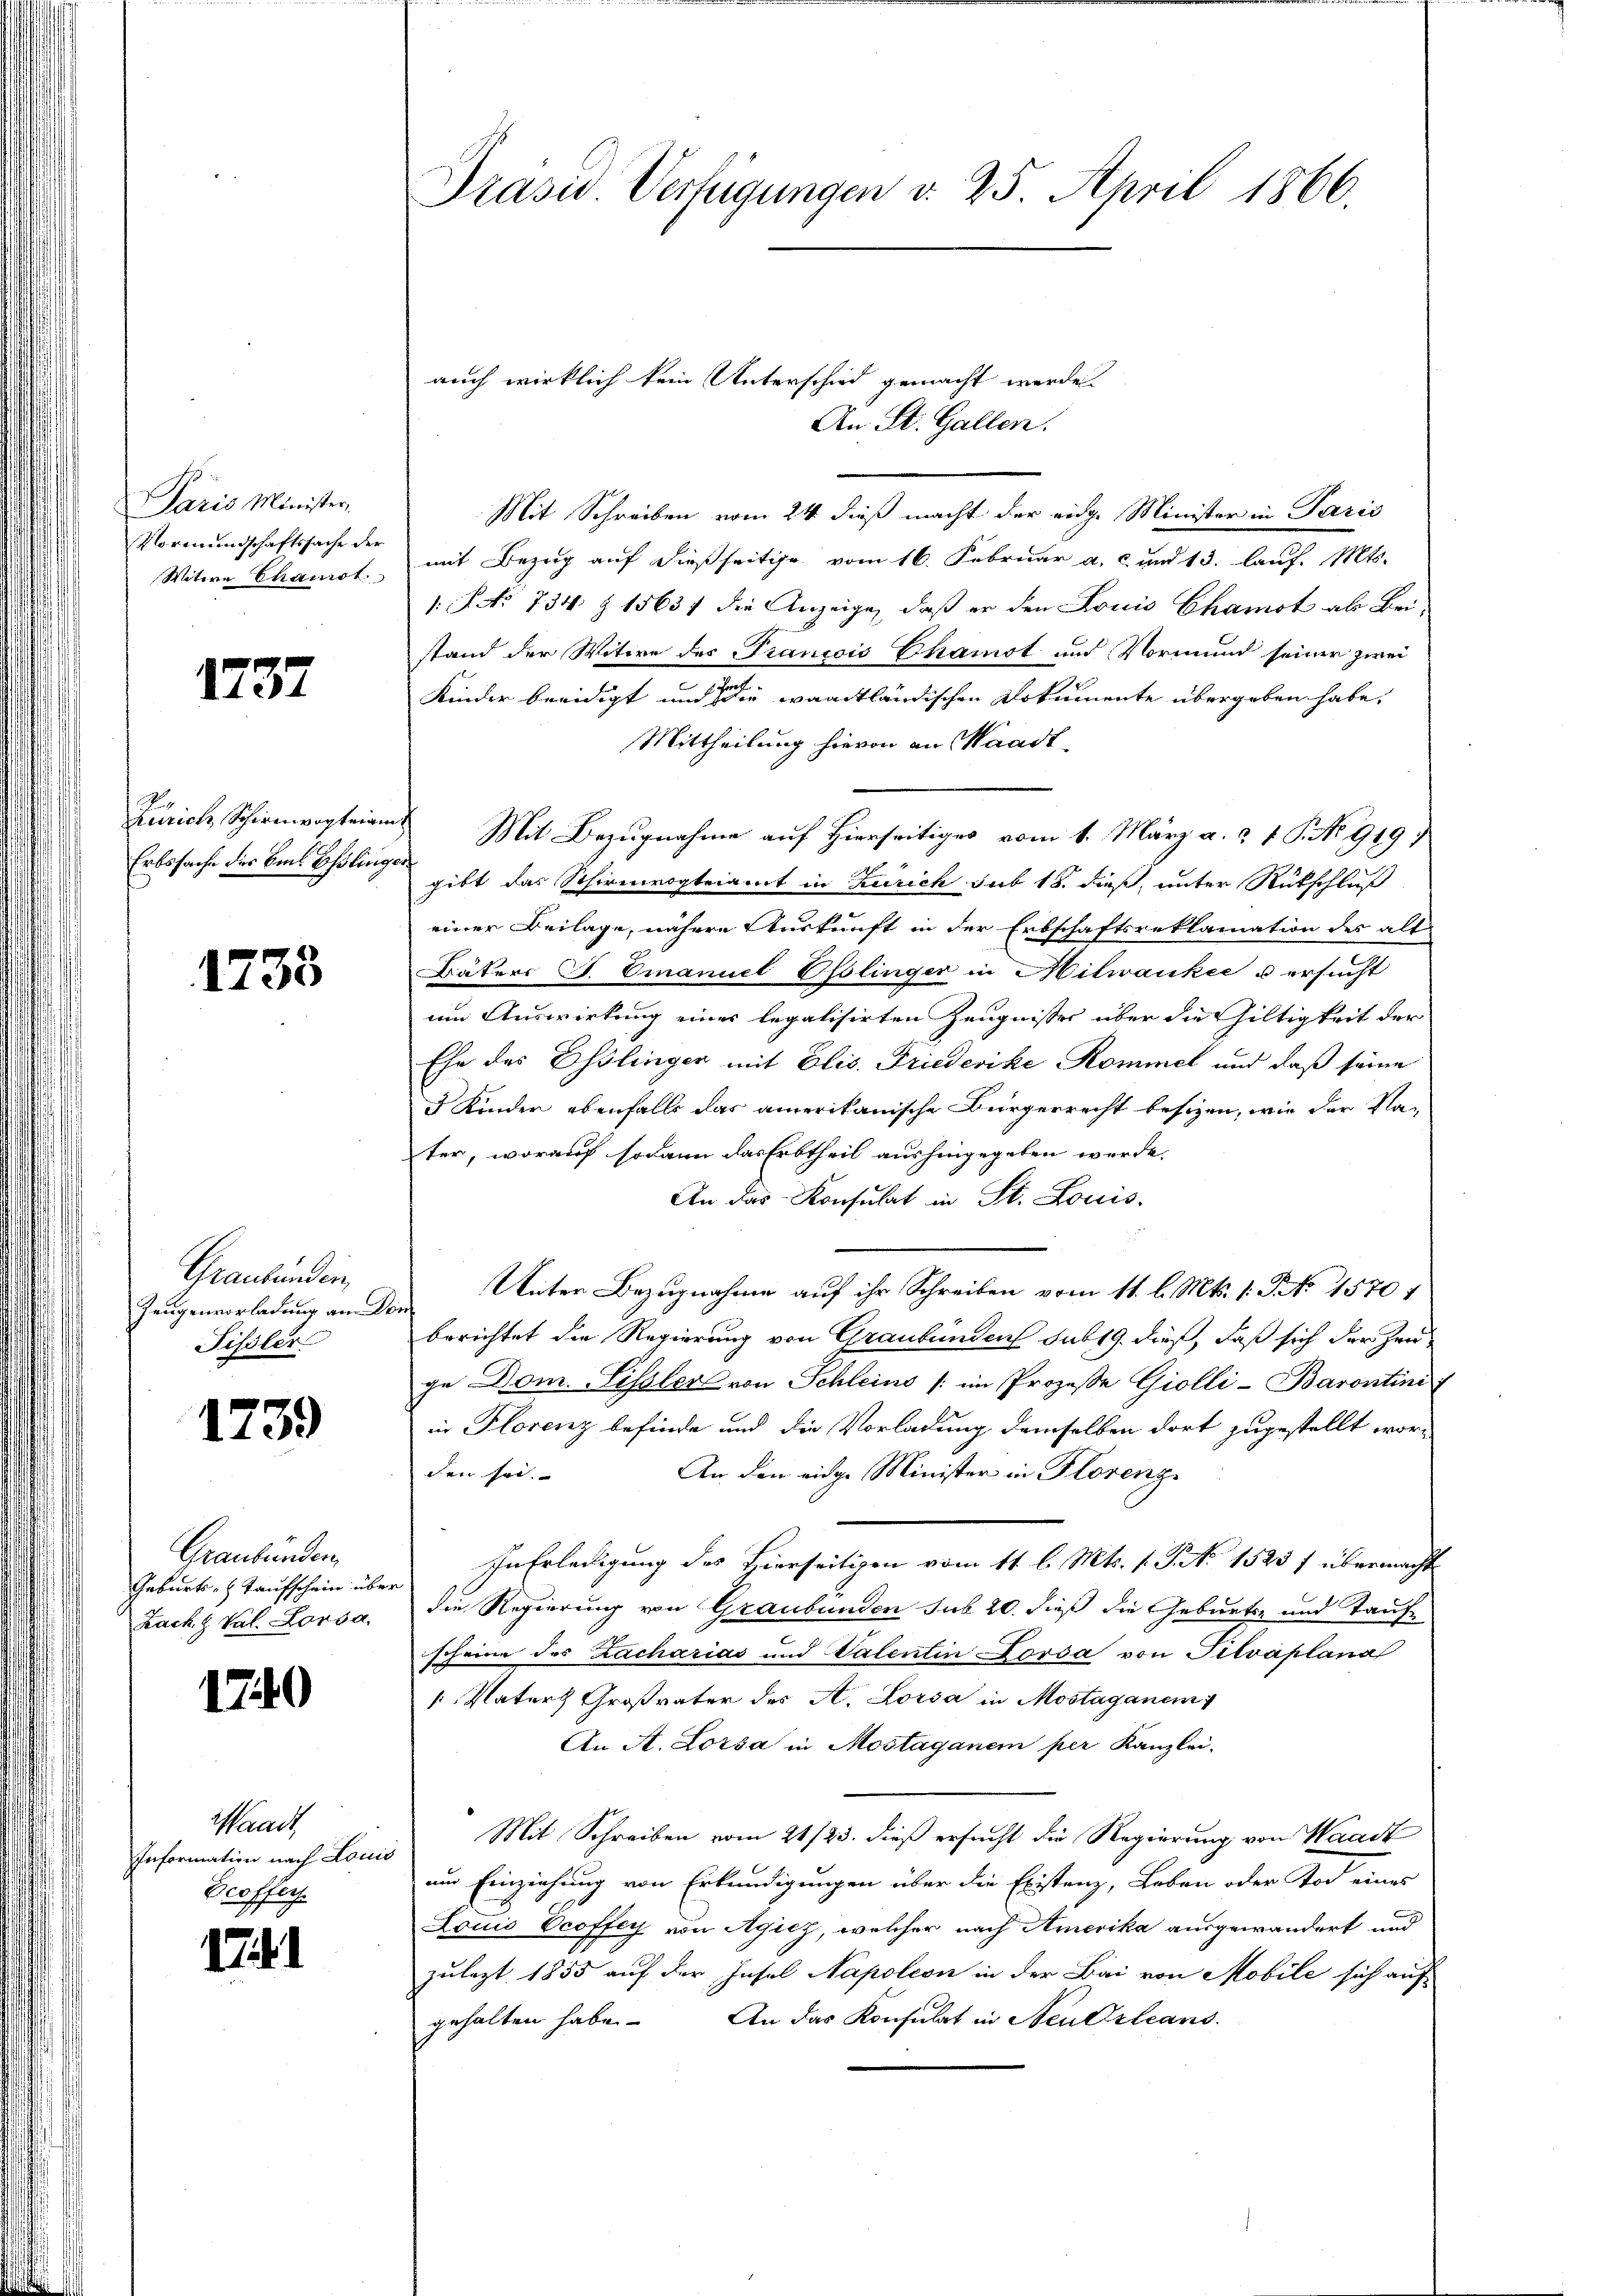
Paris Minister,
Vormundschaftssache der
Witwe Chamst

1737

Zürich, Schirnwogteian
Erbssache der Emil Eßling.

1233

Graubünden,
Zeugenvorladung an De
Fissler

1739

Graubünden,
Geburts- & Taufschein über
Zack & Vol. Lorsa

1740

esandt
Information nach Louis
Broffers

1741

Präsid Verfügungen v. 25. April 1866.

auch wirklich kein Unterschied gemacht werde.

An St. Gallen.
Mit Schreiben vom 24. dieß macht der eidge Minister in Paris
mit Bezug auf dießseitige vom 16. Februar a. c. und 13. lauf. Mts.
1. No 734 § 1563/ die Anzeige, daß er den Louis Chamot als Beistand der Witwe des Francois Chamot und Vormund seiner zwei
Kinder beeidigt und die waadtländischen Dokumente übergeben habe.
Mittheilung hievon an Waadt
Mit Bezugnahme auf Hierseitiges vom 1. März a. a. 1 P. No 919)
gibt das Schirmvogteiamt in Zürich sub 18. dieß, unter Rückschluß
einer Beilage, nähere Auskunft in der Erbschaftsreklamation des alt
Bäters J. Emanuel Oflinger in Milwankee u ersucht
um Auswirkung einer legalisirten Zeugnisses über die Gültigkeit der
Ehe des Esslinger mit Elis. Friederike Kommel und daß seine
3 Kinder ebenfalls das amerikanische Bürgerrecht besizen, wie der Nater, worauf sodann das Erbtheil aushingegeben werde.
An das Konsulat in St. Louis-
Unter Bezugnahme auf ihr Schreiben vom 11. l. Mts. 1. No. 1570
berichtet die Regierung von Graubünden sub 19. dieß, daß sich der Hen-
ge Dom. Lissler von Schleins (im Prozesse Giolli-Barontini
in Florenz befinde und die Vorladung demselben dort zugestellt wor¬
An den eidge Minister in Florenz
den sei.
In Erledigung des Hierseitigen vom 11. l. Mts. 1. P. No 1523 f übermacht
die Regierung von Graubünden sub 20. dieß die Geburts- und Taufscheine des Zacharias und Valentin Dorsa von Silvaplana
 Natur Großvater des A. Lorsa in Mostaganem
An A. Lorsa in Mostaganem per Kanzlei.
Mit Schreiben vom 21/23. dieß ersucht die Regierung von Waadt
um Einziehung von Erkundigungen über die Existenz, Leben oder Tod eines
Louis Vcoffer von Agicz, welcher nach Amerika ausgewandert und
zulezt 1855 auf der Insel Napoleon in der Bai von Mobile sich auf
gehalten habe. An das Konsulat in Neu Orleans